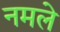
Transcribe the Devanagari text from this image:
नमले